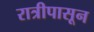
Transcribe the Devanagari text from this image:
रात्रीपासून